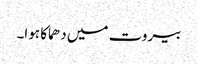
بیروت میں دھماکا ہوا۔